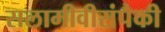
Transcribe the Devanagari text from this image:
सलामीवीरांपैकी